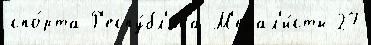
спо́рта Р'еспу́бл'ика М'едал'и́сты 27